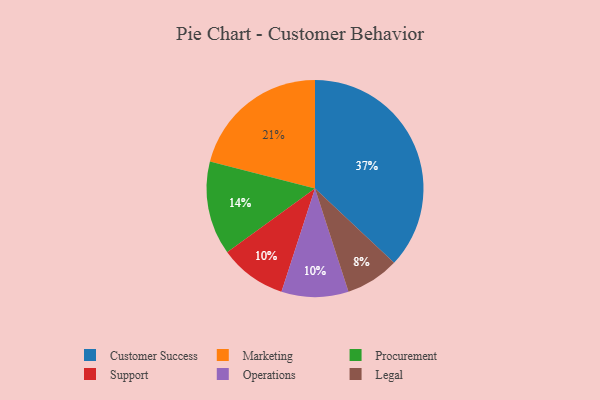
{"axis": {"x": "Category", "y": "Percentage"}, "legend": ["Customer Success", "Legal", "Marketing", "Operations", "Procurement", "Support"], "data": [{"x": "Marketing", "y": 21, "type": "Marketing"}, {"x": "Legal", "y": 8, "type": "Legal"}, {"x": "Customer Success", "y": 37, "type": "Customer Success"}, {"x": "Procurement", "y": 14, "type": "Procurement"}, {"x": "Support", "y": 10, "type": "Support"}, {"x": "Operations", "y": 10, "type": "Operations"}]}